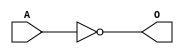
module ACINVF(A, O);
input   A;
output  O;
not g0(O, A);
endmodule